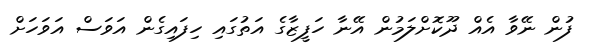
ފުން ނޭވާ އެއް ދޫކޮށްލަމުން އޭނާ ހަފީޒާގެ އަތުގައި ހިފައިގެން އަވަސް އަވަހަށް